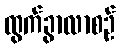
ထွက်ခွာလာစဉ်